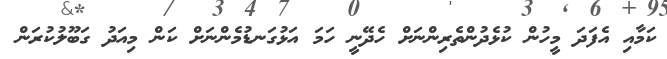
ކަމާއި އެފަދަ މީހުން ކުޅެދުންތެރިންނަށް ހެދޭނީ ހަމަ އަޅުގަނޑުމެންނަށް ކަން މިއަދު ގަބޫލުކުރަން